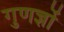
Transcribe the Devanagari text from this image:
गुणज्ञों